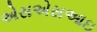
એસએસઆઇ